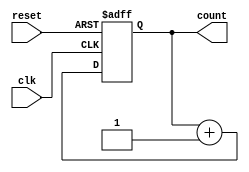
module async_reset_sync_counter #(
    parameter N = 4  // Parameter for the bit width of the counter
)(
    input wire clk,       // Clock signal
    input wire reset,     // Asynchronous reset signal
    output reg [N-1:0] count // N-bit counter output
);

// Always block for counter operation
always @(posedge clk or posedge reset) begin
    if (reset) begin
        count <= 0; // Reset the counter to 0
    end else begin
        count <= count + 1; // Increment the counter
    end
end

endmodule